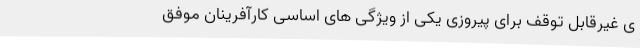
ی غیرقابل توقف برای پیروزی یکی از ویژگی های اساسی کارآفرینان موفق